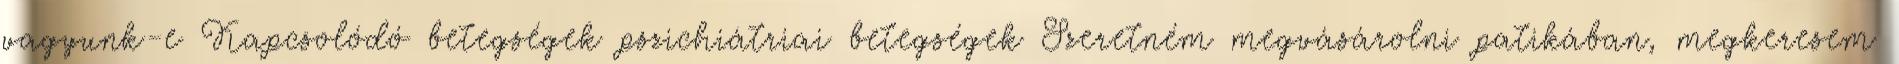
vagyunk-e Kapcsolódó betegségek pszichiátriai betegségek Szeretném megvásárolni patikában, megkeresem